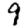
Digit: 9